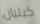
كيليان